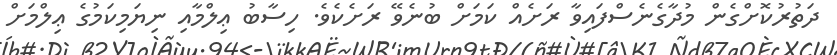
ދަތުރުކޮށްގެން މުދާގެނެސްފައިވާ ރަށެއް ކަމަށް ބުނެވޭ ރަށެކެވެ. ހިސާބު ޢިލްމާއި ނިޔަމިކަމުގެ ޢިލްމަށް